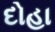
દોહા